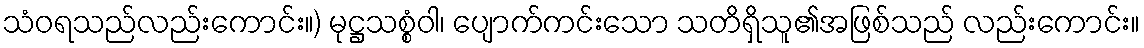
သံဝရသည်လည်းကောင်း။) မုဋ္ဌသစ္စံဝါ၊ ပျောက်ကင်းသော သတိရှိသူ၏အဖြစ်သည် လည်းကောင်း။